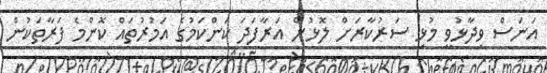
އަނަސް ވިދާޅުވީ މުޅި ސަރުކާރަށް ލޮޅުން އަރާފަދަ ކަންކަމުގެ އަމުރުތައް ކޮންމެ ފަރާތަކުން